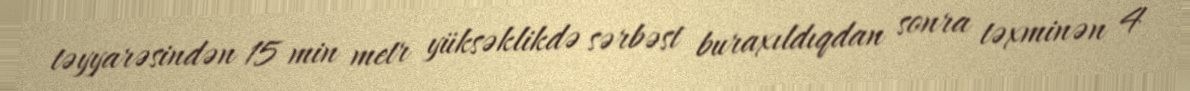
təyyarəsindən 15 min metr yüksəklikdə sərbəst buraxıldıqdan sonra təxminən 4